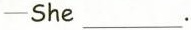
—She___.